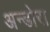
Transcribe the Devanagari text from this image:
अन्डोरा